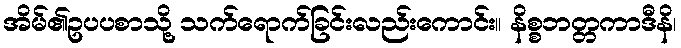
အိမ်၏ဥပပစာသို့ သက်ရောက်ခြင်းလည်းကောင်း။ နိစ္စဘတ္တကာဒီနိ၊